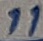
Text: 11